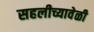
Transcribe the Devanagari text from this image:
सहलीच्यावेळी